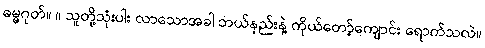
ဓမ္မဂုတ်။ ။ သူတို့သုံးပါး လာသောအခါ ဘယ်နည်းနဲ့ ကိုယ်တော့်ကျောင်း ရောက်သလဲ။